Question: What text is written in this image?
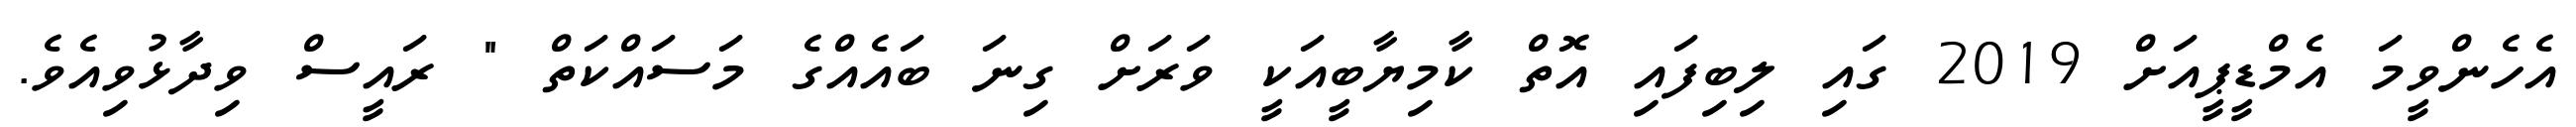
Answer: އެހެންވީމަ އެމްޑީޕީއަށް 2019 ގައި ލިބިފައި އޮތް ކާމިޔާބީއަކީ ވަރަށް ގިނަ ބައެއްގެ މަސައްކަތް " ރައީސް ވިދާޅުވިއެވެ.